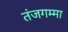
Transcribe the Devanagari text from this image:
तंजगम्मा